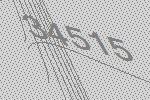
34515